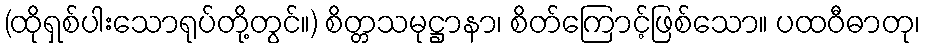
(ထိုရှစ်ပါးသောရုပ်တို့တွင်။) စိတ္တသမုဋ္ဌာနာ၊ စိတ်ကြောင့်ဖြစ်သော။ ပထဝီဓာတု၊